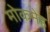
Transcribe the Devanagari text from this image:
मोकमेह